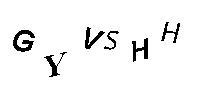
GYVSHH